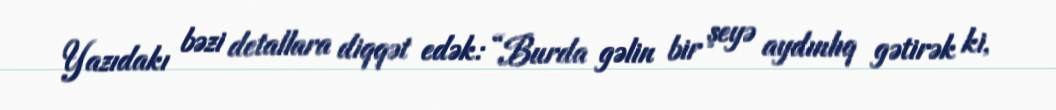
Yazıdakı bəzi detallara diqqət edək: “Burda gəlin bir şeyə aydınlıq gətirək ki,